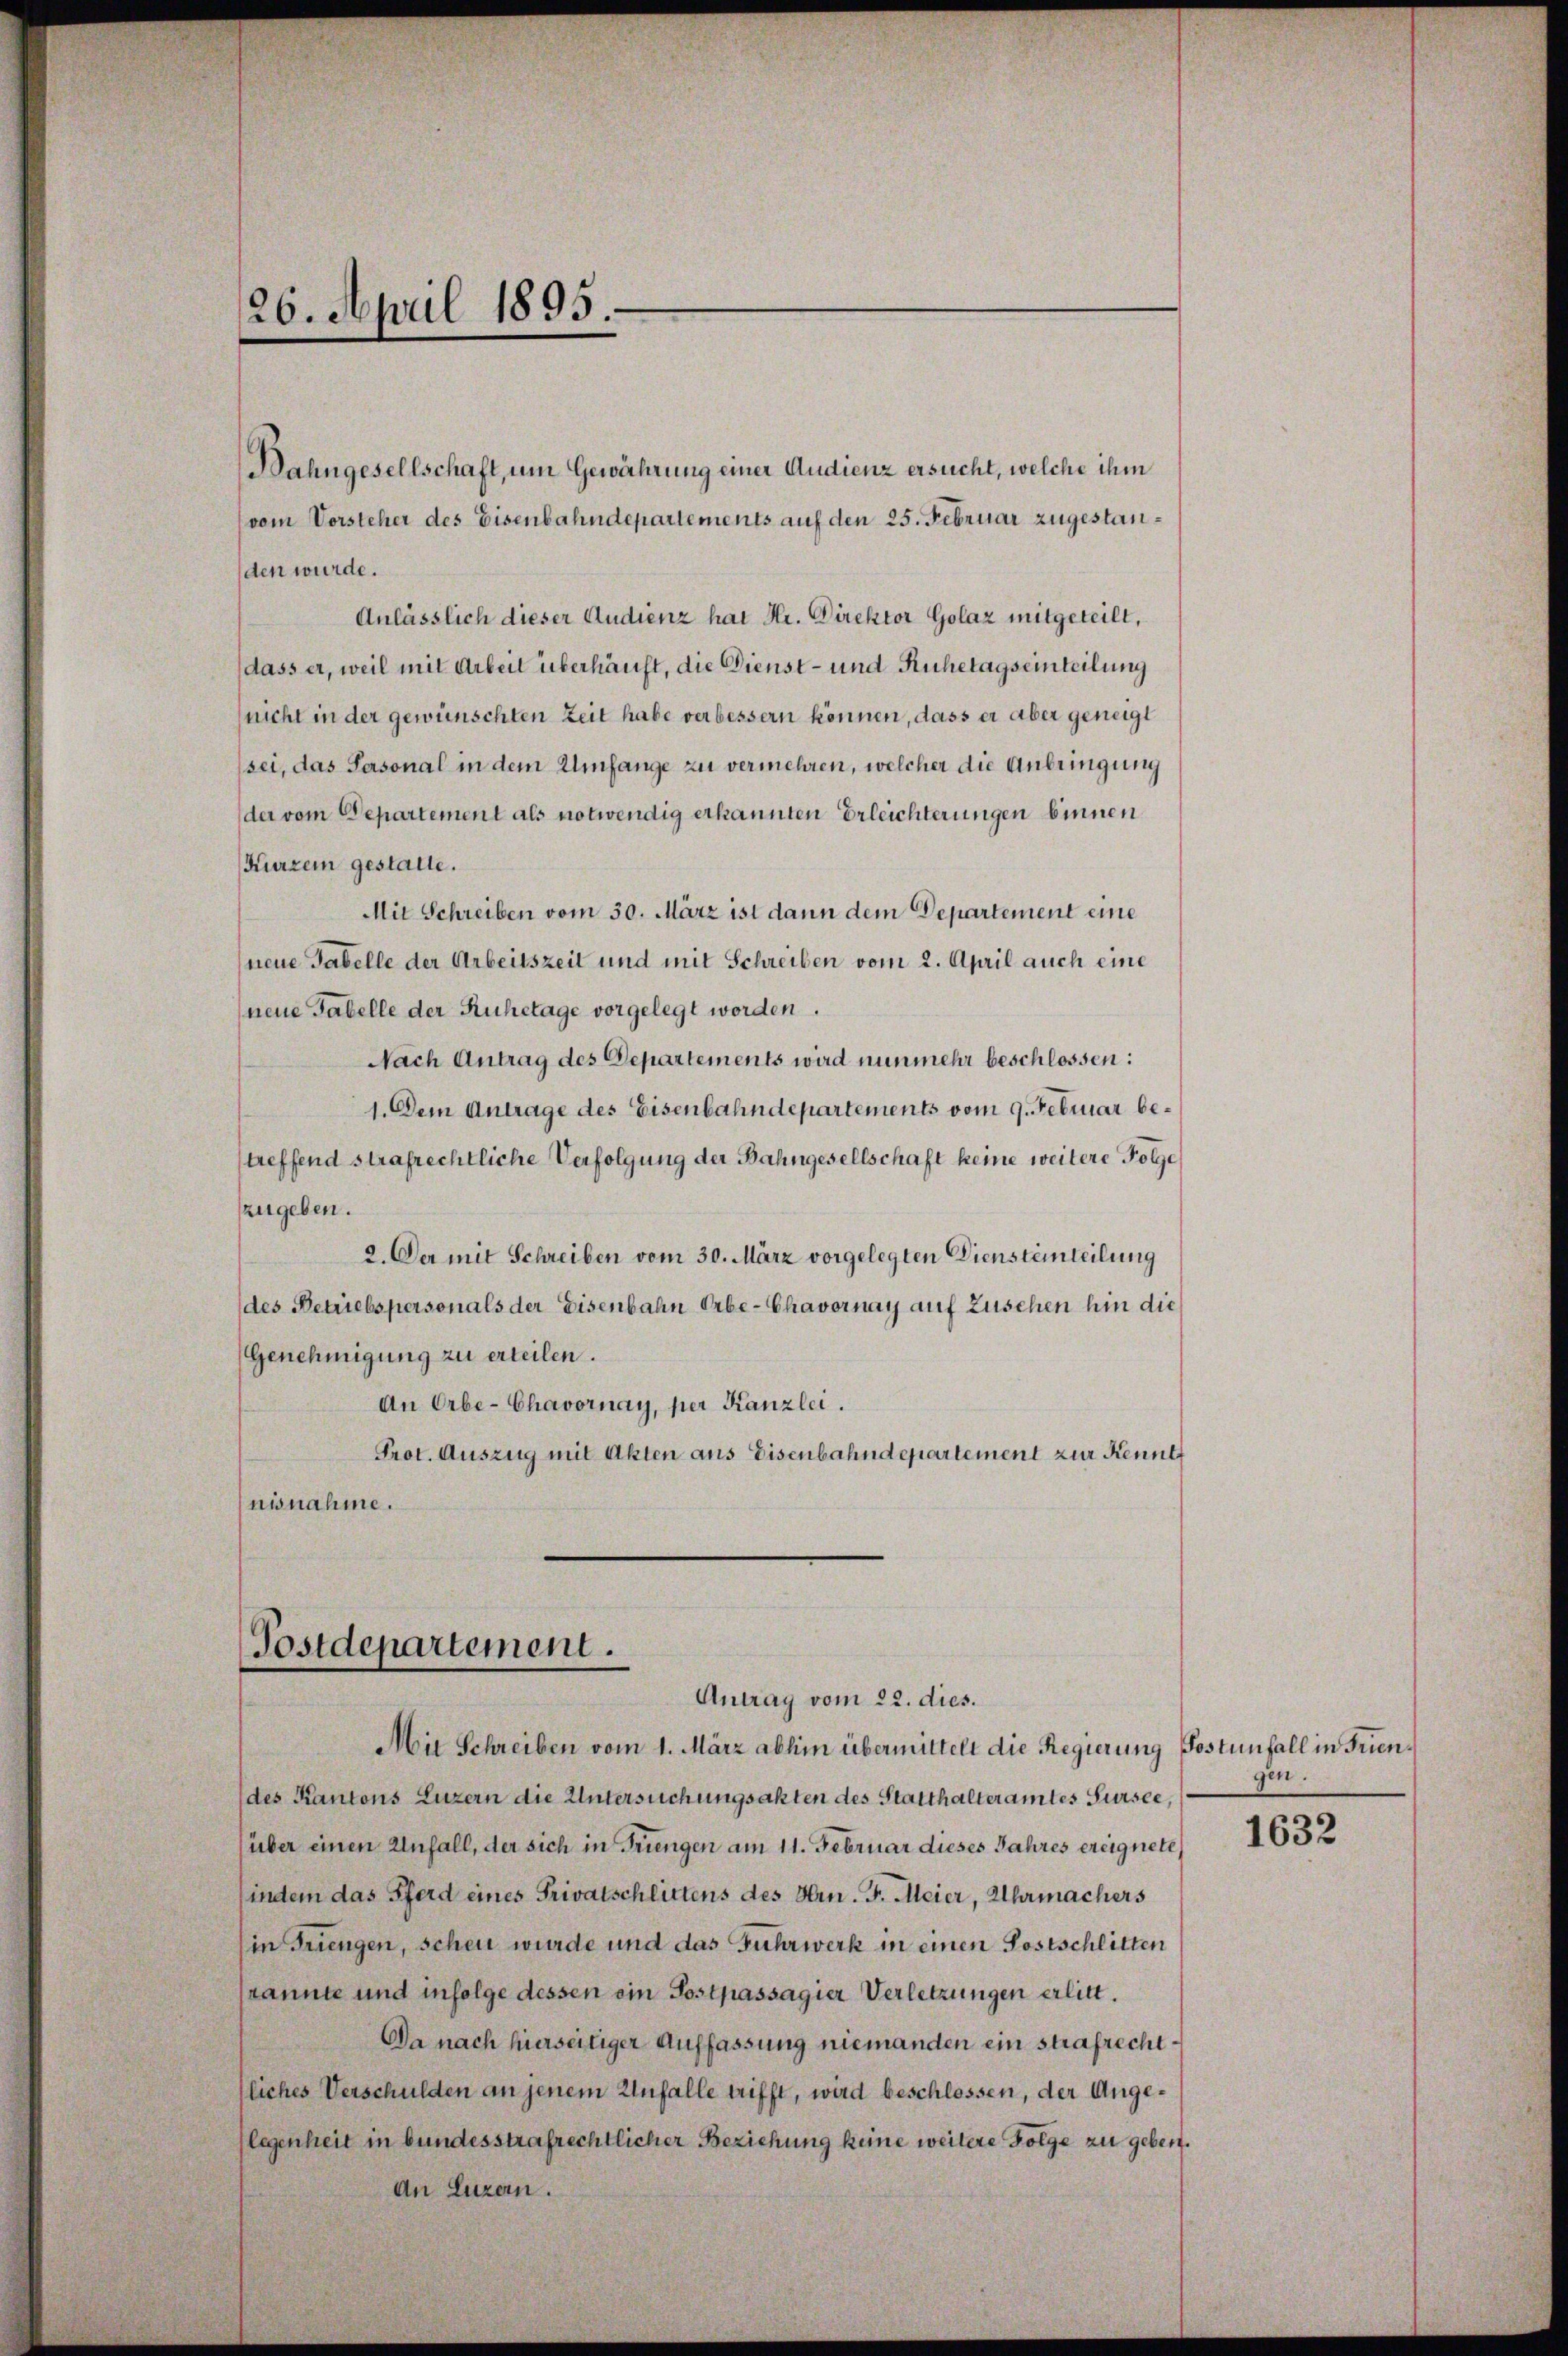
26. April 1895.

Bahngesellschaft, um Gewährung einer Audienz ersucht, welche ihm
vom Vorsteher des Eisenbahndepartements auf den 25. Februar zugestanden wurde.
Anlässlich dieser Audienz hat Hr. Direktor Golaz mitgeteilt,
dass er, weil mit Arbeit überhäuft, die Dienst- und Ruhetagseinteilung
nicht in der gewünschten Zeit habe verbessern können, dass er aber geneigt
sei, das Personal in dem Umfange zu vermehren, welcher die Anbringung
(der vom Departement als notwendig erkannten Erleichterungen binnen
Kurzem gestatte.
Mit Schreiben vom 30. März ist dann dem Departement eine
(neue Tabelle der Arbeitszeit und mit Schreiben vom 2. April auch eine
neue Tabelle der Ruhetage vorgelegt worden.
Nach Antrag des Departements wird nunmehr beschlossen:
1. Dem Antrage des Eisenbahndepartements vom 9. Februar betreffend strafrechtliche Verfolgung der Bahngesellschaft keine weitere Folge
zugeben.
2. Der mit Schreiben vom 30. März vorgelegten Diensteinteilung
des Betriebspersonals der Eisenbahn Erbe-Chavornay auf Zusehen hin die
(Genehmigung zu erteilen.
An Orbe-Chavornay, per Kanzlei.
Prot. Auszug mit Akten aus Eisenbahndepartement zur Kennt
nisnahme.

Postdepartement.
Antrag vom 22. dies.

Mit Schreiben vom 1. März abhin übermittelt die Regierung Postunfall in Friendes Kantons Luzern die Untersuchungsakten des Statthalteramtes Sursee,
über einen Unfall, der sich in Frungen am 11. Februar dieses Jahres ereignete
indem das Pferd eines Privatschlittens des Hrn. J. Meier, Uhrmachers
(in Friengen, schen wurde und das Fuhrwerk in einen Postschlitten
(kannte und infolge dessen ein Postpassagier Verletzungen erlitt.
Da nach hierseitiger Auffassung niemanden ein strafrechtfliches Verschulden an jenem Unfalle trifft, wird beschlossen, der Angelegenheit in bundesstrafrechtlicher Beziehung keine weitere Folge zu geben.
An Luzern.

gen.

1632